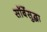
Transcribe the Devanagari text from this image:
सॉर्बेसुद्धा